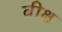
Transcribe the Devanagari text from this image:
वीक्ष